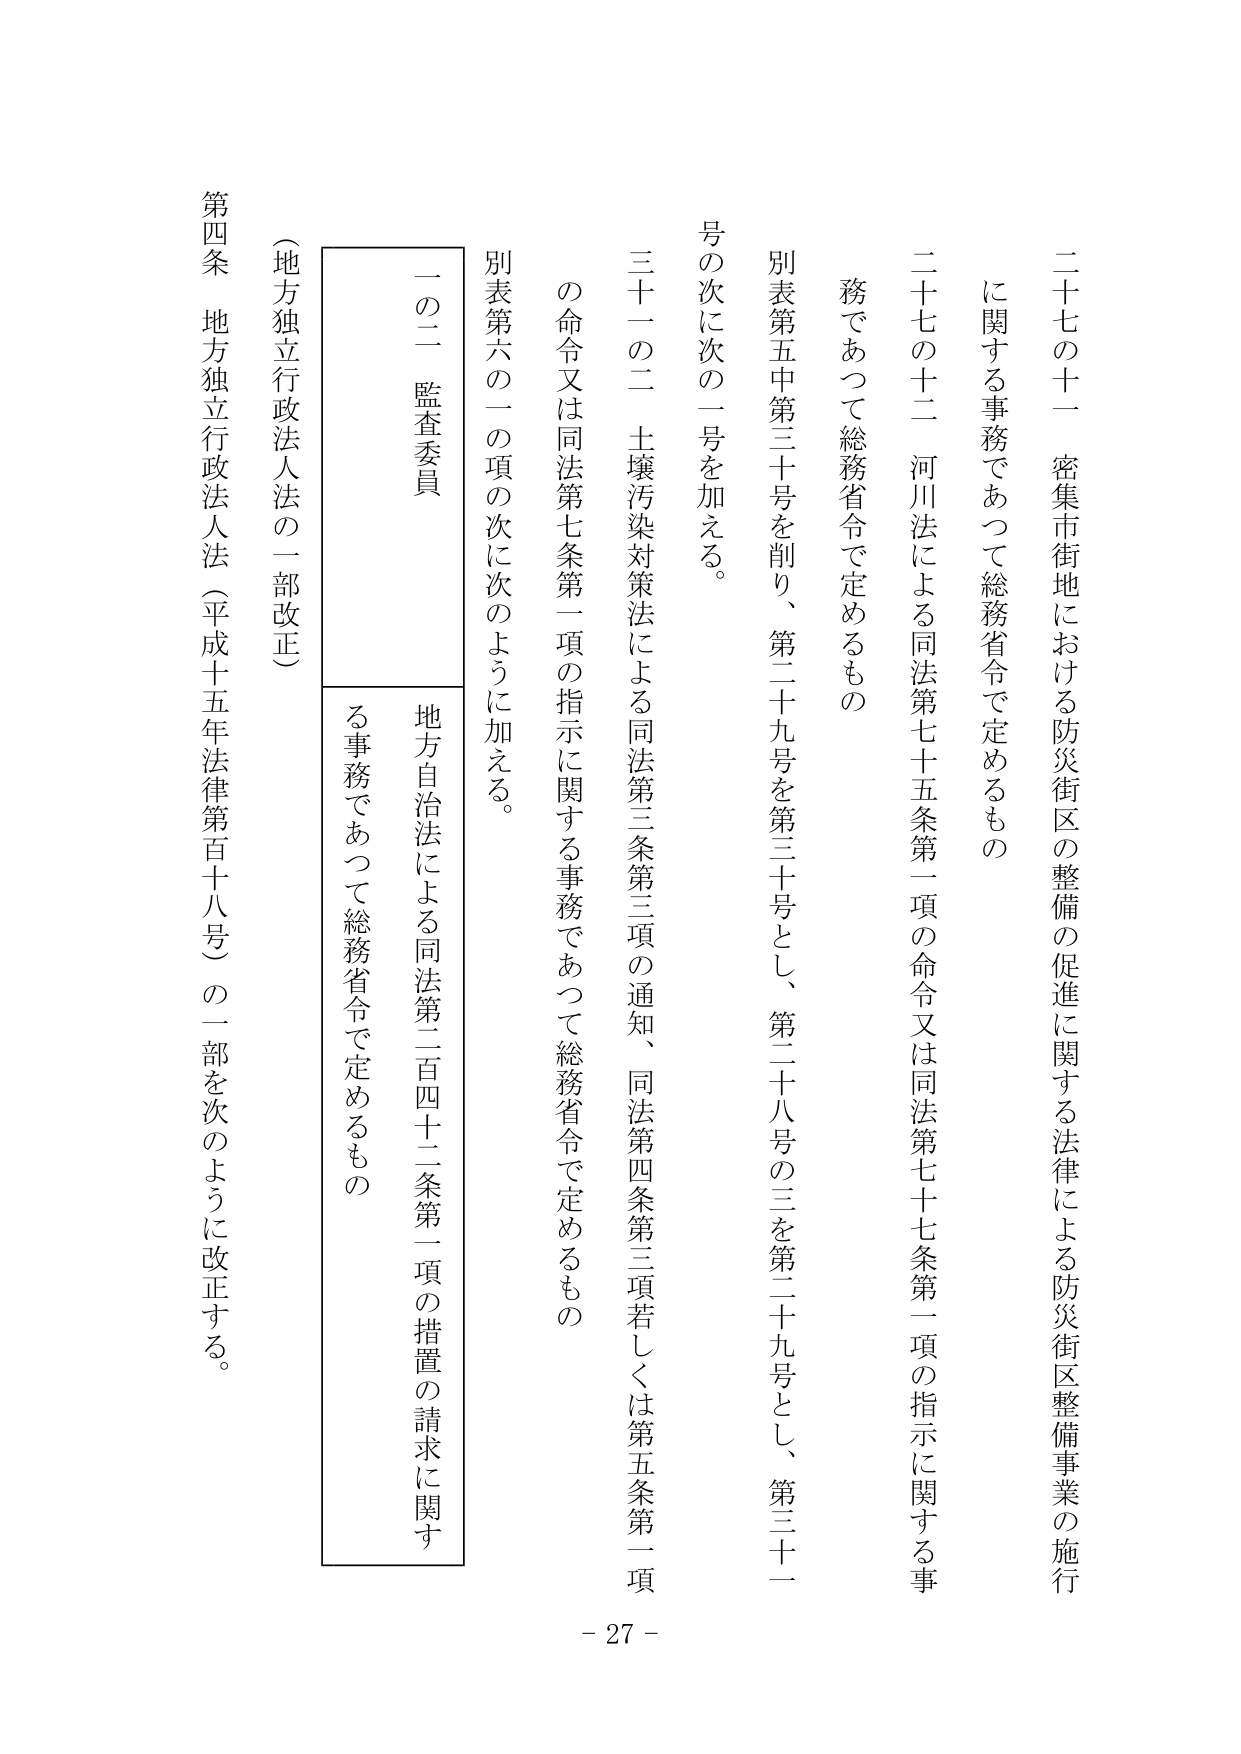
二十七の十一 密集市街地における防災街区の整備の促進に関する法律による防災街区整備事業の施行に関する事務であって総務省令で定めるもの

二十七の十二 河川法による同法第七十五条第一項の命令又は同法第七十七条第一項の指示に関する事務であって総務省令で定めるもの

別表第五中第三十号を削り、第二十九号を第三十号とし、第二十八号の三を第二十九号とし、第三十一号の次に次の一号を加える。

三十一の二 土壌汚染対策法による同法第三条第三項の通知、同法第四条第三項若しくは第五条第一項の命令又は同法第七条第一項の指示に関する事務であって総務省令で定めるもの

別表第六の一の項の次に次のように加える。

一の二 監査委員

地方自治法による同法第二百四十二条第一項の措置の請求に関する事務であって総務省令で定めるもの

第四条 地方独立行政法人法（平成十五年法律第百十八号）の一部を次のように改正する。

（地方独立行政法人法の一部改正）

- 27 -